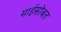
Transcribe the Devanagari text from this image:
माईसोबत